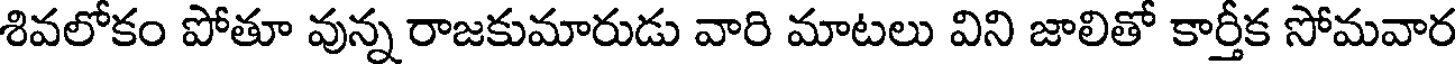
శివలోకం పోతూ వున్న రాజకుమారుడు వారి మాటలు విని జాలితో కార్తీక సోమవార